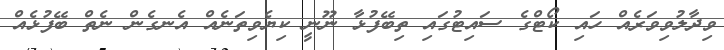
ވިދާލުވިވަރެއް ހައި ކޯޓްގެ ސައިޓުގައި ތިބޭފުޅާ ނޫނީ ކިޔެވިތަނެއް އެނގެން ނެތް ބޭފުޅެއް